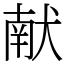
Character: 献